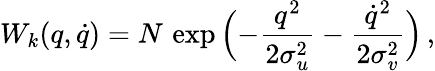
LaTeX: W_{k}(q,\dot{q})=N\, \exp\Big({-}\frac{q^{2}}{2\sigma_{u}^{2}}-\frac{\dot{q}^{2}}{2\sigma_{v}^{2}}\Big)\, ,